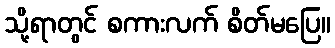
သို့ရာတွင် စကားလက် စိတ်မပြေ။